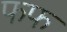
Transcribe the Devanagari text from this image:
फफ